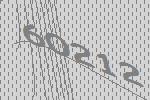
60212